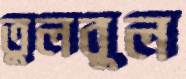
তুলবুল